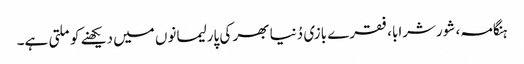
ہنگامہ، شورشرابا، فقرے بازی دُنیا بھر کی پارلیمانوں میں دیکھنے کو ملتی ہے۔